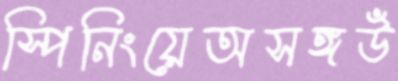
স্পিনিংয়েঅসঙ্গউঁ